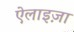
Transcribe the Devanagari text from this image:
ऐलाइज़ा